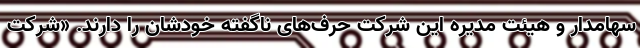
سهامدار و هیئت مدیره این شرکت حرف‌های ناگفته خودشان را دارند. «شرکت